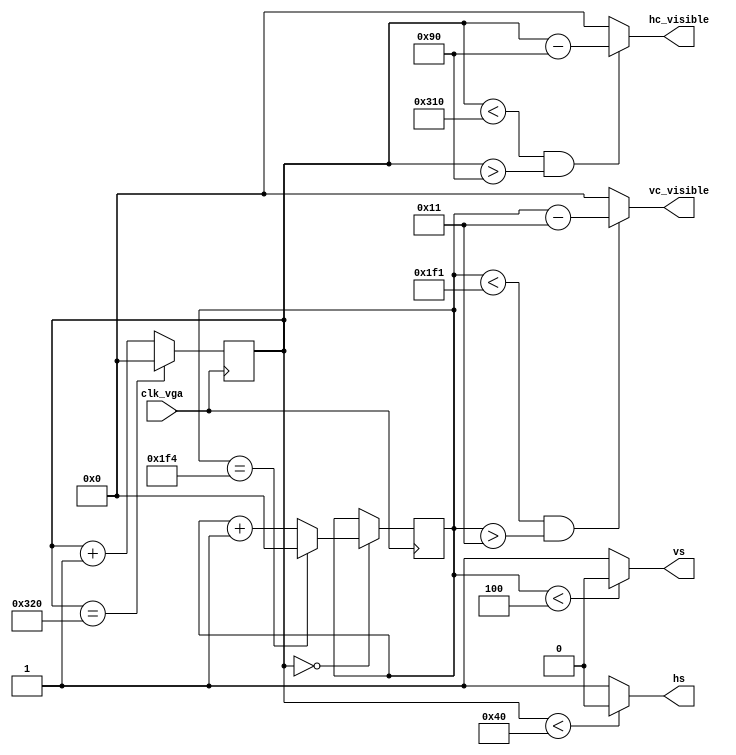
module driver_vga_640x480_1(clk_vga, hs, vs,hc_visible,vc_visible);
	input clk_vga;                      
	output hs, vs; 
	output [9:0]hc_visible;
	output [9:0]vc_visible; 
	parameter hpixels = 10'd800;  
	parameter vlines  = 10'd500;  
	parameter hfp  = 10'd16;      
	parameter hsc  = 10'd64;      
	parameter hbp  = 10'd80;      
	parameter vfp  = 10'd3;       
	parameter vsc  = 10'd4;       
	parameter vbp  = 10'd13;      
	reg [9:0] hc, hc_next, vc, vc_next;             
	assign hc_visible = ((hc < (hpixels - hfp)) && (hc > (hsc + hbp)))?(hc -(hsc + hbp)):10'd0;
	assign vc_visible = ((vc < (vlines - vfp)) && (vc > (vsc + vbp)))?(vc - (vsc + vbp)):10'd0;
	always@(*)
		if(hc == hpixels)				
			hc_next = 10'd0;			
		else
			hc_next = hc + 10'd1;		
	always@(*)
		if(hc == 10'd0)
			if(vc == vlines)
				vc_next = 10'd0;
			else
				vc_next = vc + 10'd1;
		else
			vc_next = vc;
	always@(posedge clk_vga)
		{hc, vc} <= {hc_next, vc_next};
	assign hs = (hc < hsc) ? 1'b0 : 1'b1;   
	assign vs = (vc < vsc) ? 1'b0 : 1'b1;   
endmodule